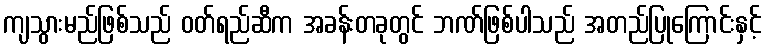
ကျသွားမည်ဖြစ်သည် ဝတ်ရည်ဆီက အခန်းတခုတွင် ဘဏ်ဖြစ်ပါသည် အတည်ပြုကြောင်းနှင့်